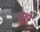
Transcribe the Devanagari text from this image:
भड़ी